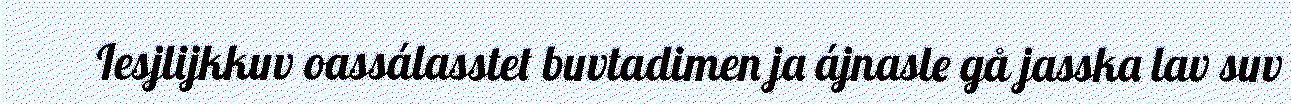
Iesjlijkkuv oassálasstet buvtadimen ja ájnasle gå jasska lav suv